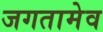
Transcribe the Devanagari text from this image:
जगतामेव